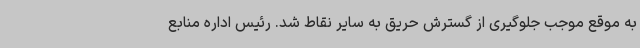
به موقع موجب جلوگیری از گسترش حریق به سایر نقاط شد. رئیس اداره منابع